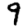
Digit: 9